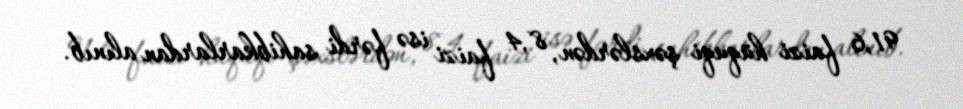
91,6 faizi hüquqi şəxslərdən, 8,4 faizi isə fərdi sahibkarlardan alınıb.